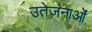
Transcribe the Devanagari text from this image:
उतेजनाओं